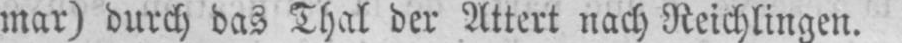
mar) durch das Thal der Attert nach Reichlingen.